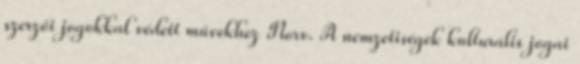
szerzői jogokkal védett művekhez Norv. A nemzetiségek kulturális jogai